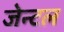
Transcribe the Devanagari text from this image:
जेन्टल